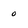
Character: o